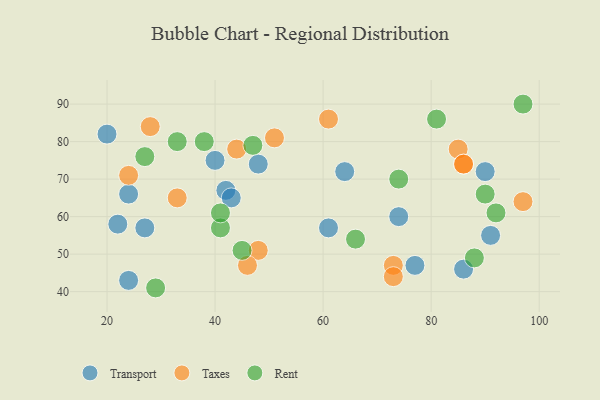
{"axis": {"x": "GDP", "y": "Life Expectancy"}, "legend": ["Rent", "Taxes", "Transport"], "data": [{"x": "40", "y": 75, "type": "Transport"}, {"x": "20", "y": 82, "type": "Transport"}, {"x": "91", "y": 55, "type": "Transport"}, {"x": "77", "y": 47, "type": "Transport"}, {"x": "27", "y": 57, "type": "Transport"}, {"x": "42", "y": 67, "type": "Transport"}, {"x": "43", "y": 65, "type": "Transport"}, {"x": "86", "y": 46, "type": "Transport"}, {"x": "48", "y": 74, "type": "Transport"}, {"x": "74", "y": 60, "type": "Transport"}, {"x": "24", "y": 43, "type": "Transport"}, {"x": "90", "y": 72, "type": "Transport"}, {"x": "64", "y": 72, "type": "Transport"}, {"x": "24", "y": 66, "type": "Transport"}, {"x": "61", "y": 57, "type": "Transport"}, {"x": "22", "y": 58, "type": "Transport"}, {"x": "97", "y": 64, "type": "Taxes"}, {"x": "33", "y": 65, "type": "Taxes"}, {"x": "24", "y": 71, "type": "Taxes"}, {"x": "44", "y": 78, "type": "Taxes"}, {"x": "85", "y": 78, "type": "Taxes"}, {"x": "48", "y": 51, "type": "Taxes"}, {"x": "46", "y": 47, "type": "Taxes"}, {"x": "86", "y": 74, "type": "Taxes"}, {"x": "73", "y": 47, "type": "Taxes"}, {"x": "86", "y": 74, "type": "Taxes"}, {"x": "51", "y": 81, "type": "Taxes"}, {"x": "28", "y": 84, "type": "Taxes"}, {"x": "61", "y": 86, "type": "Taxes"}, {"x": "73", "y": 44, "type": "Taxes"}, {"x": "88", "y": 49, "type": "Rent"}, {"x": "45", "y": 51, "type": "Rent"}, {"x": "27", "y": 76, "type": "Rent"}, {"x": "29", "y": 41, "type": "Rent"}, {"x": "97", "y": 90, "type": "Rent"}, {"x": "92", "y": 61, "type": "Rent"}, {"x": "38", "y": 80, "type": "Rent"}, {"x": "41", "y": 57, "type": "Rent"}, {"x": "66", "y": 54, "type": "Rent"}, {"x": "81", "y": 86, "type": "Rent"}, {"x": "74", "y": 70, "type": "Rent"}, {"x": "33", "y": 80, "type": "Rent"}, {"x": "41", "y": 61, "type": "Rent"}, {"x": "90", "y": 66, "type": "Rent"}, {"x": "47", "y": 79, "type": "Rent"}]}